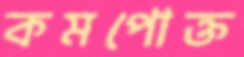
কমপোক্ত